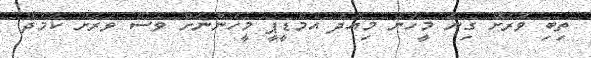
ތިބި ވަރަށް ގިނަ މީހުން މިއަދު އެމްޑީޕީ މީހުންނަށް ވެސް ވަރަށް ކަމުދާ